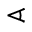
\sphericalangle